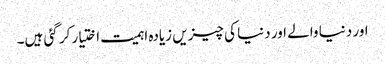
اور دنیا والے اور دنیا کی چیزیں زیادہ اہمیت اختیار کر گئی ہیں۔